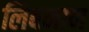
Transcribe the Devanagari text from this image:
लिबनान